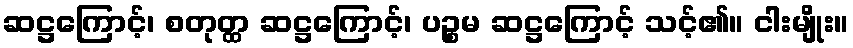
ဆဋ္ဌကြောင့်၊ စတုတ္ထ ဆဋ္ဌကြောင့်၊ ပဉ္စမ ဆဋ္ဌကြောင့် သင့်၏။ ငါးမျိုး။